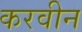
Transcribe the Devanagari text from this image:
करवीन